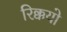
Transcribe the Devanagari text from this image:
रिक्कयो